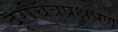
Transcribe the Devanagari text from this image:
दूरचित्रप्रक्षेपणे